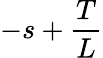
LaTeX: -s+\frac{T}{L}